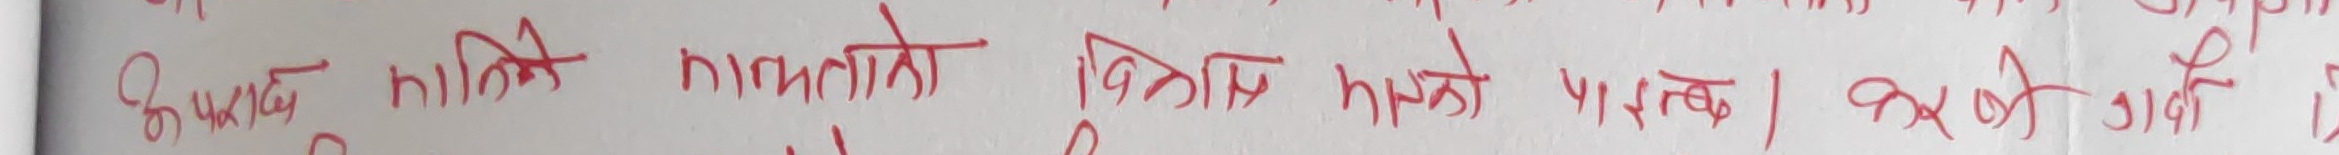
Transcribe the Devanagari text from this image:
कि भनाई गमित ज्ञानताको विस्वास हुनु पर्छ। अरुको गमित ज्ञेय